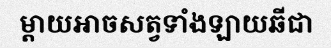
ម្តាយអាចសត្វទាំងឡាយឆីជា